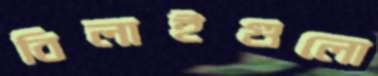
বিলাইগুলো